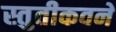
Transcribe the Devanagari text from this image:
स्तुतीकवने